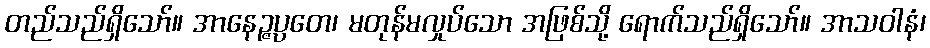
တည်သည်ရှိသော်။ အာနေဉ္ဇပ္ပတေ၊ မတုန်မလှုပ်သော အဖြစ်သို့ ရောက်သည်ရှိသော်။ အာသဝါနံ၊